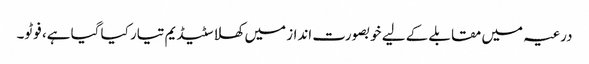
درعیہ میں مقابلے کے لیے خوبصورت انداز میں کھلا سٹیڈیم تیار کیا گیا ہے، فوٹو۔